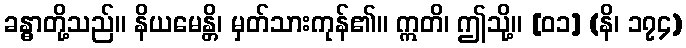
ခန္ဓာတို့သည်။ နိယမေန္တိ၊ မှတ်သားကုန်၏။ ဣတိ၊ ဤသို့။ [၀၁] (နိ၊ ၁၇၄)